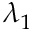
\lambda _ { 1 }